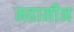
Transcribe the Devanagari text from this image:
महामीन